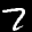
Label: 7